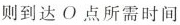
则到达O点所需时间